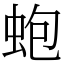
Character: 蚫